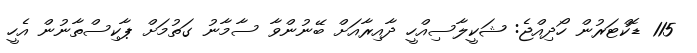
115 ޑޮކްޓަރުން ހޯދިއްޖެ: ޝަކީލާސިއްހީ ދާއިރާއަށް ބޭނުންވާ ސާމާނު ގަތުމަށް ޕާކިސްތާނުން އެހީ